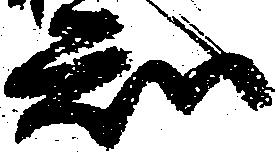
知